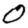
Digit: 0